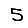
Digit: 5